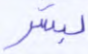
لبشر